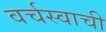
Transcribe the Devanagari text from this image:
वर्चस्वाची